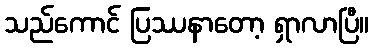
သည်ကောင် ပြဿနာတော့ ရှာလာပြီ။